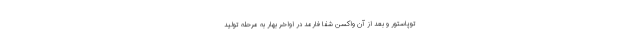
توپاستور و بعد از آن واکسن شفا فارمد در اواخر بهار به مرحله تولید